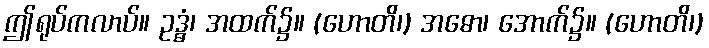
ဤရုပ်ကလာပ်။ ဥဒ္ဓံ၊ အထက်၌။ (ဟောတိ၊) အဓော၊ အောက်၌။ (ဟောတိ၊)